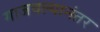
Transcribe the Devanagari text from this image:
गाजवल्यानंतर